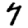
Digit: 7